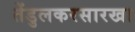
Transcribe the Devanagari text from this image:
तेंडुलकरसारखा